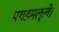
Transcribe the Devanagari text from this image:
पगडमल्लै।